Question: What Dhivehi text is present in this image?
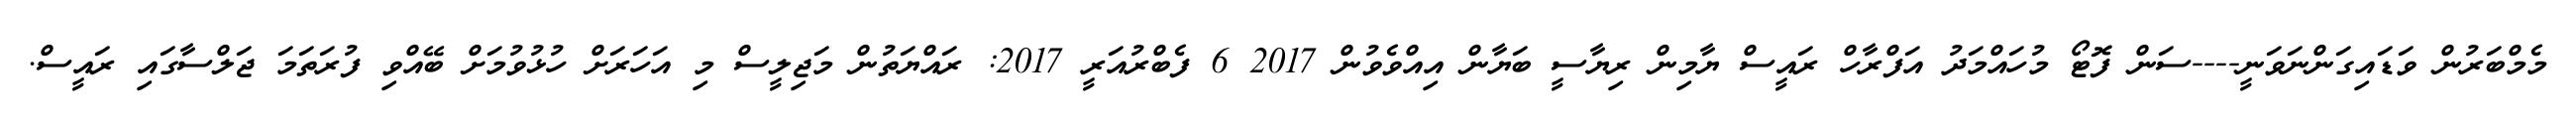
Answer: މެމްބަރުން ވަޑައިގަންނަވަނީ----ސަން ފޮޓޯ މުހައްމަދު އަފްރާހް ރައީސް ޔާމިން ރިޔާސީ ބަޔާން އިއްވެވުން 2017 6 ފެބްރުއަރީ 2017: ރައްޔަތުން މަޖިލީސް މި އަހަރަށް ހުޅުވުމަށް ބޭއްވި ފުރަތަމަ ޖަލްސާގައި ރައީސް.